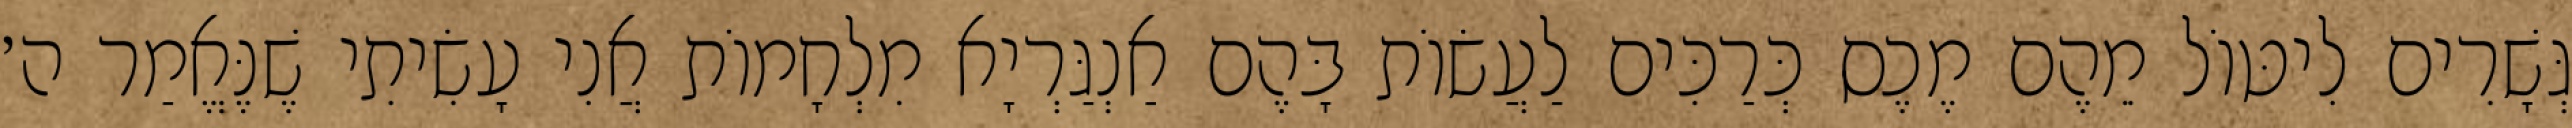
גְּשָׁרִים לִיטּוֹל מֵהֶם מֶכֶס כְּרַכִּים לַעֲשׂוֹת בָּהֶם אַנְגַּרְיָא מִלְחָמוֹת אֲנִי עָשִׂיתִי שֶׁנֶּאֱמַר ה׳